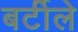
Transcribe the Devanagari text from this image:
बर्टीले